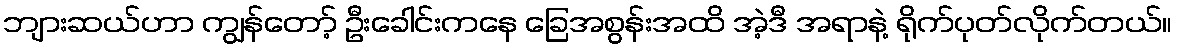
ဘျားဆယ်ဟာ ကျွန်တော့် ဦးခေါင်းကနေ ခြေအစွန်းအထိ အဲ့ဒီ အရာနဲ့ ရိုက်ပုတ်လိုက်တယ်။